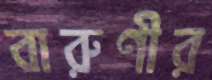
বারুণীর